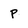
Character: p